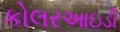
કોલરઆઇડી